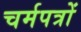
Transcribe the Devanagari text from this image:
चर्मपत्रों